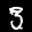
Label: 3